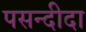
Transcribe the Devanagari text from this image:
पसन्‍दीदा